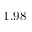
1 . 9 8